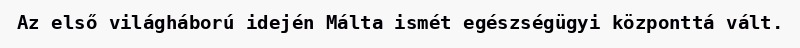
Az első világháború idején Málta ismét egészségügyi központtá vált.